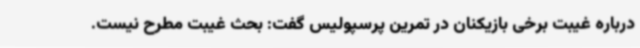
درباره غیبت برخی بازیکنان در تمرین پرسپولیس گفت: بحث غیبت مطرح نیست.